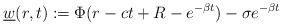
LaTeX: \begin{align*}\underline w(r,t):=\Phi(r-ct+R-e^{-\beta t})-\sigma e^{-\beta t}\end{align*}